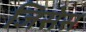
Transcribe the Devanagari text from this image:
जिसेस